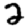
Digit: 2